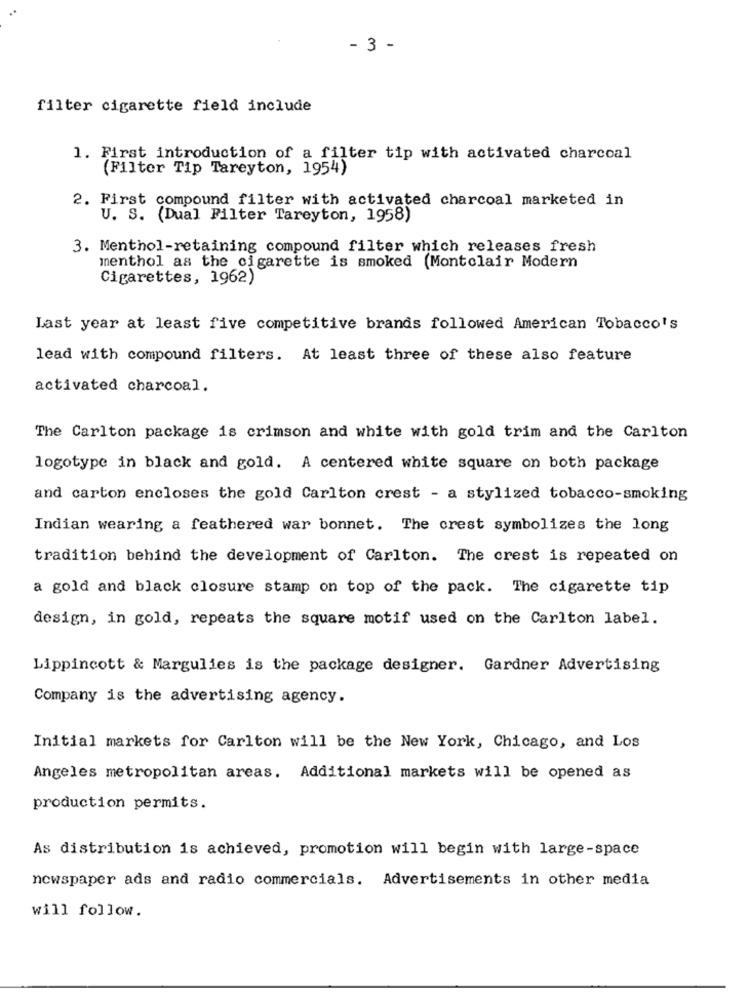
- 3 -
filter cigarette field include
1. First introduction of a filter tip with activated charcoal
(Filter Tip Tareyton, 1954)
2. First compound filter with activated charcoal marketed in
U. S. (Dual Filter Tareyton, 1958)
3. Menthol-retaining compound filter which releases fresh
menthol as the cigarette is smoked (Montclair Modern
Cigarettes, 1962)
Last year at least five competitive brands followed American Tobacco's
lead with compound filters. At least three of these also feature
activated charcoal.
The Carlton package is crimson and white with gold trim and the Carlton
logotype in black and gold. A centered white square on both package
and carton encloses the gold Carlton crest - a stylized tobacco-smoking
Indian wearing a feathered war bonnet. The crest symbolizes the long
tradition behind the development of Carlton. The crest is repeated on
a gold and black closure stamp on top of the pack. The cigarette tip
design, in gold, repeats the square motif used on the Carlton label.
Lippincott & Margulies is the package designer. Gardner Advertising
Company is the advertising agency.
Initial markets for Carlton will be the New York, Chicago, and Los
Angeles metropolitan areas. Additional markets will be opened as
production permits.
As distribution is achieved, promotion will begin with large-space
newspaper ads and radio commercials. Advertisements in other media
will follow.